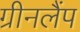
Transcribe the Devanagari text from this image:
ग्रीनलैंप